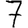
Digit: 7